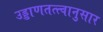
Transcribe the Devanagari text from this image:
उड्डाणतत्त्वानुसार